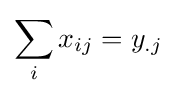
\sum _{i}x_{ij}=y_{.j}